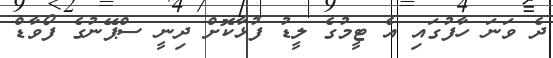
ދެ ވަނަ ހާފުގައި އެ ޓީމުގެ ލީޑު ފުޅާކޮށް ދިނީ ސްޕޭނުގެ ފޯވާޑް